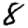
Digit: 8